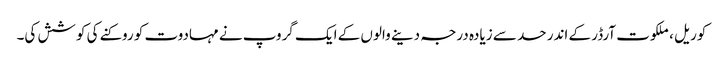
کوریل ، ملکوت آرڈر کے اندر حد سے زیادہ درجہ دینے والوں کے ایک گروپ نے مہادوت کو روکنے کی کوشش کی۔